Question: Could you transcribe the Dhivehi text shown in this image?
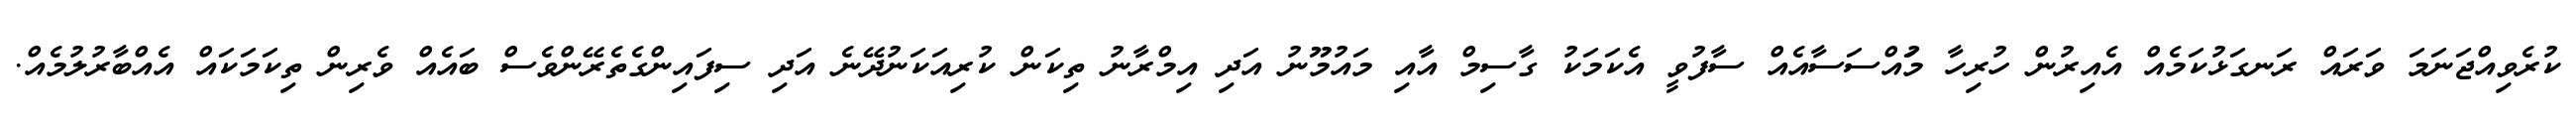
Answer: ކުރެވިއްޖަނަމަ ވަރައް ރަނގަޅުކަމެއް އެއިރުން ހުރިހާ މުައްސަސާއެއް ސާފުވީ އެކަމަކު ގާސިމް އާއި މައުމޫނު އަދި އިމްރާނު ތިކަން ކުރިއަކަނުދޭނެ އަދި ސިފައިންގެތެރޭންވެސް ބައެއް ވެރިން ތިކަމަކައް އެއްބާރުލުމެއް.